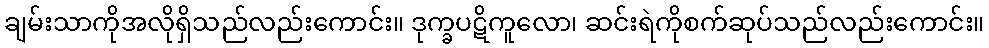
ချမ်းသာကိုအလိုရှိသည်လည်းကောင်း။ ဒုက္ခပဋိကူလော၊ ဆင်းရဲကိုစက်ဆုပ်သည်လည်းကောင်း။